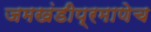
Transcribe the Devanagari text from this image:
जमखंडीप्रमाणेच